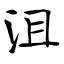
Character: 沮